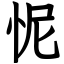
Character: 怩